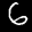
Label: 6